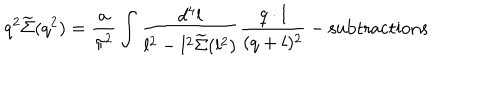
q ^ { 2 } \widetilde \Sigma ( q ^ { 2 } ) = { \frac { a } { \pi ^ { 2 } } } \int { \frac { d ^ { 4 } l } { l ^ { 2 } - l ^ { 2 } \widetilde \Sigma ( l ^ { 2 } ) } } { \frac { q \cdot l } { ( q + l ) ^ { 2 } } } - \mathrm { s u b t r a c t i o n s }